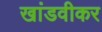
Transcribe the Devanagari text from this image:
खांडवीकर